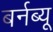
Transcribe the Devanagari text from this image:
बर्नब्यू